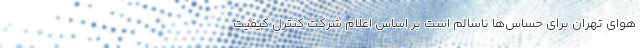
هوای تهران برای حساس‌ها ناسالم است بر اساس اعلام شرکت کنترل کیفیت